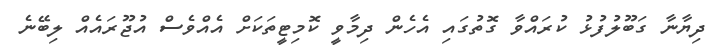
ދިޔާނާ ގަބޫލުފުޅު ކުރައްވާ ގޮތުގައި އެހެން ދިމާވީ ކޮމިޓީތަކަށް އެއްވެސް އުޖޫރައެއް ލިބޭނެ